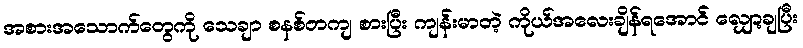
အစားအသောက်တွေကို သေချာ စနစ်တကျ စားပြီး ကျန်းမာတဲ့ ကိုယ်အလေးချိန်ရအောင် လျှော့ချပြီး